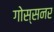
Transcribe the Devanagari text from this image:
गोस्सनर